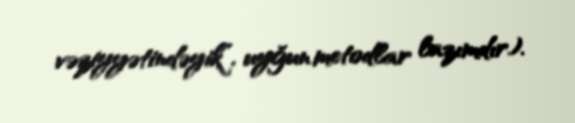
vəziyyətindəyik”, uyğun metodlar lazımdır).